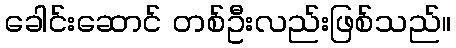
ခေါင်းဆောင် တစ်ဦးလည်းဖြစ်သည်။